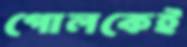
গোলকেই